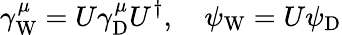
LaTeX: \gamma_{\mathrm{{W}}}^{\mu}=U\gamma_{\mathrm{{D}}}^{\mu}U^{\dagger},\quad\psi_{\mathrm{{W}}}=U\psi_{\mathrm{{D}}}